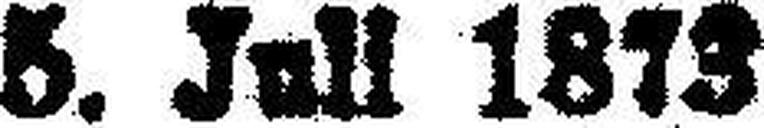
5. Juli 1873